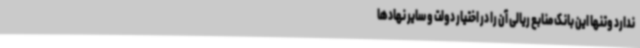
ندارد وتنها این بانک منابع ریالی آن را در اختیار دولت و سایر نهادها